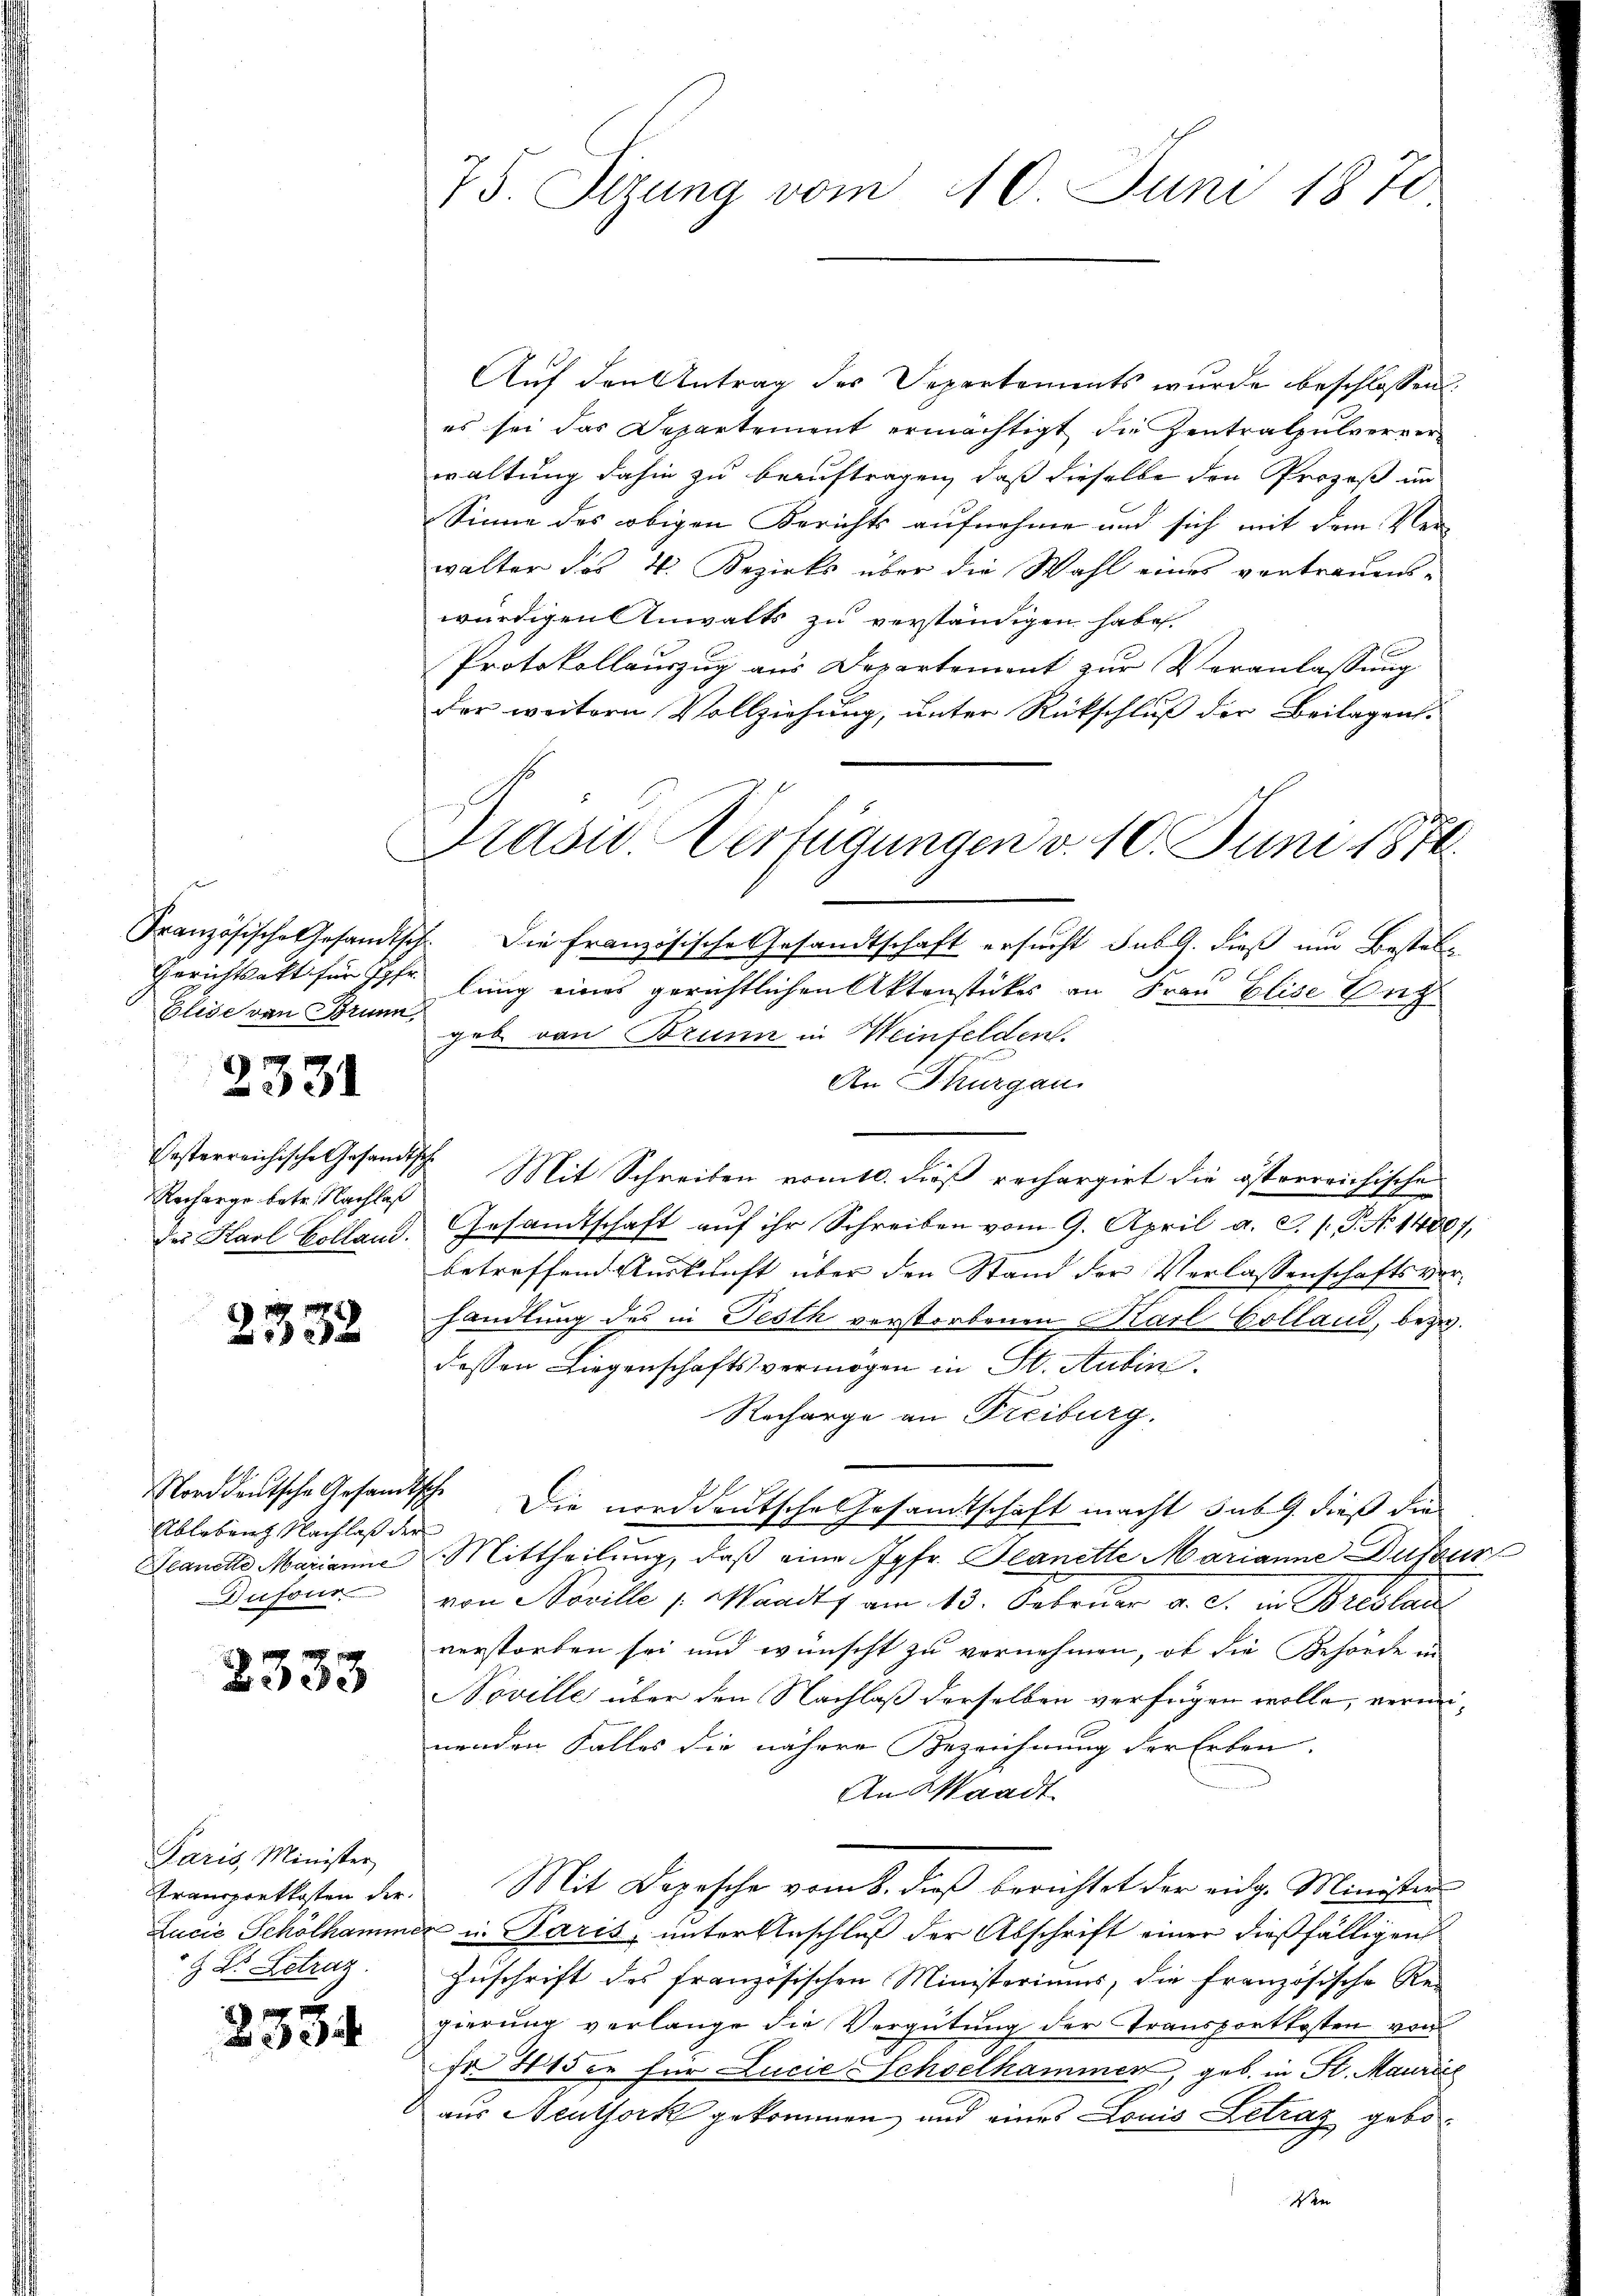
Gerichtsakt für Jgfr.
Elise von Brunn,

2331

festerreichische Gesandtsch
Recharge betr. Nachlaß
des Karl Colland.

2332

Ableben Nachlaß der
lanette Marianne
Dufour

2333

Paris, Minister
H Dr. Betraz

i

75. Seizung vom 10. Juni 1870

Auf den Antrag des Departements wurde beschlossen:
es sei das Departement ermächtigt die Zentralpulverver-
waltung dahin zu beauftragen, daß dieselbe den Prozeß im
Sinne des obigen Berichts aufnahme und sich mit dem Ver-
walter das 4. Bezirks über die Wahl eines vertrauens-
würdigen Anwalts zu verständigen habe
Protokollauszug aus Departement zur Veranlassung
der weitern Vollziehung, unter Rückschluß der Beilagens-
Französische Gesandtsch. Die französische Gesandtschaft ersucht sub G. dieß um Bestellung eines gerichtlichen Aktenstückes an Frau Elise Ent
geb. von Brunn in einfelden.
An Thurgau
Mit Schreiben ermitt. dieß rechargirt die österreichische
Gesamtschaft auf ihr Schreiben vom 9. April a. S. /. P. Nr. 14887,
betreffend Auskunft über den Stand der Verlassenschaftsverhandlung des in Festh verstorbenen Karl Colland, bezw.
dessen Liegenschaftsvermögen in St. Aubin
Recharge an Freiburg.
Norddeutsche Gesandtsche Die norddeutsche Gesamtschaft macht sub. 9. dieß die
Mittheilung, daß eine Jgfr. Planette Marianne Dufour
von Noville s. Waadt, am 13. Februar a. c. in Breslau
verstorben sei und wünscht zu vornehmen, ob die Behörde in
Noville über den Nachlaß derselben verfügen wolle, verminenden Falles die nähere Bezeichnung der Erben.
An Waadt.
Transportkosten der Mit Depesche vom 8. dieß berichtet der eidg. Minister
Lucia Schölhammer in Paris, unter Anschluß der Abschrift einer dießfälligen
Zuschrift des französischen Ministeriums, die französische Rei
gierung verlange die Vergütung der Transportkosten von
Fr. Hiser für LucieSSchoelkammer, geb. in St. Maurice
aus Neuthork gekommen und eines Louis Letrag gebo¬
Ite

Präsid. Verfügungen v. 10. Juni 1876.